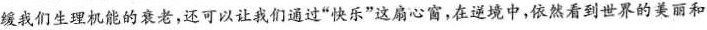
缓我们生理机能的衰老，还可以让我们通过”快乐”这扇心窗，在逆境中，依然看到世界的美丽和